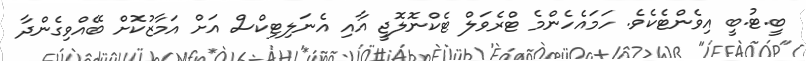
ބީ.ޓު.ބީ އިވެންޓެކެވެ. ހަމައެހެންމެ ޓްރެވަލް ޓެކްނޮލޮޖީ އާއި އެނަލިޓިކްސް އަށް އަމާޒުކޮށް ބޭއްވިގެންދާ